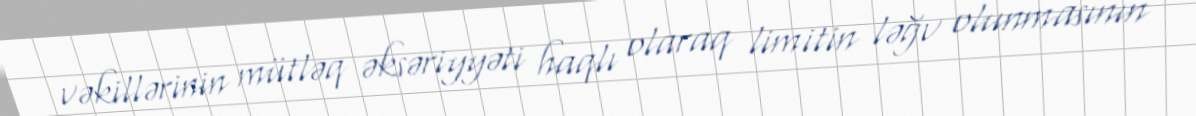
vəkillərinin mütləq əksəriyyəti haqlı olaraq limitin ləğv olunmasının